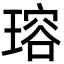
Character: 瑢